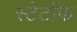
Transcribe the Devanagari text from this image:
स्टेटॉफ